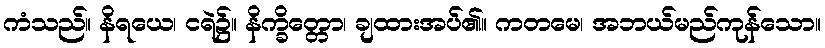
ကံသည်။ နိရယေ၊ ငရဲ၌။ နိက္ခိတ္တော၊ ချထားအပ်၏။ ကတမေ၊ အဘယ်မည်ကုန်သော။